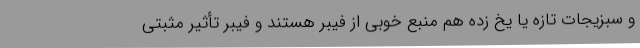
و سبزیجات تازه یا یخ زده هم منبع خوبی از فیبر هستند و فیبر تأثیر مثبتی